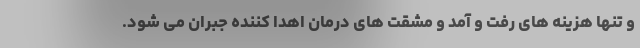
و تنها هزینه های رفت و آمد و مشقت های درمان اهدا کننده جبران می شود.